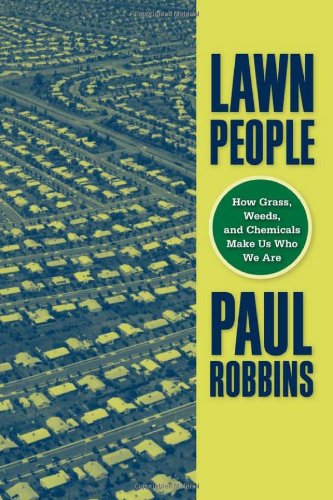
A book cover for Lawn People: How Grasses, Weeds, and Chemicals Make Us Who We Are; Paul Robbins; Crafts, Hobbies & Home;